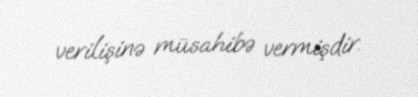
verilişinə müsahibə vermişdir.